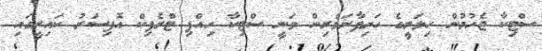
ސްޓިކާ ޖެހުމުން ހިލަރީގެ ހަށިފާރަވެރިން ވަނީ ސްޓިކާ ހިއްޕި ޓްރެފިކް އޮފިސަރު ކައިރީގައި